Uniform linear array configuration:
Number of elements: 24
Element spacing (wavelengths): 0.25
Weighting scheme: exponential
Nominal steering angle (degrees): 60
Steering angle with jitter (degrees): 58.841
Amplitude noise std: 0.05
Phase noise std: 0.05

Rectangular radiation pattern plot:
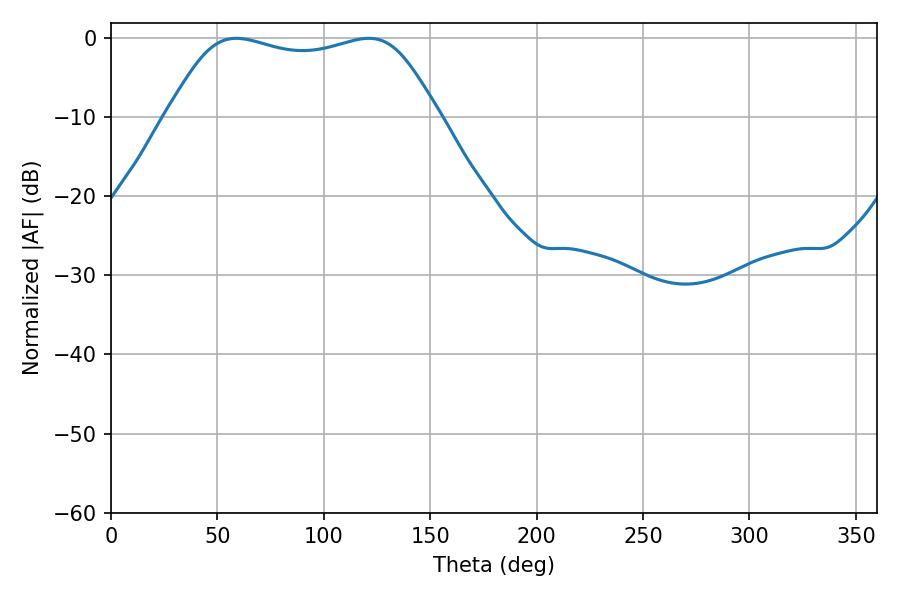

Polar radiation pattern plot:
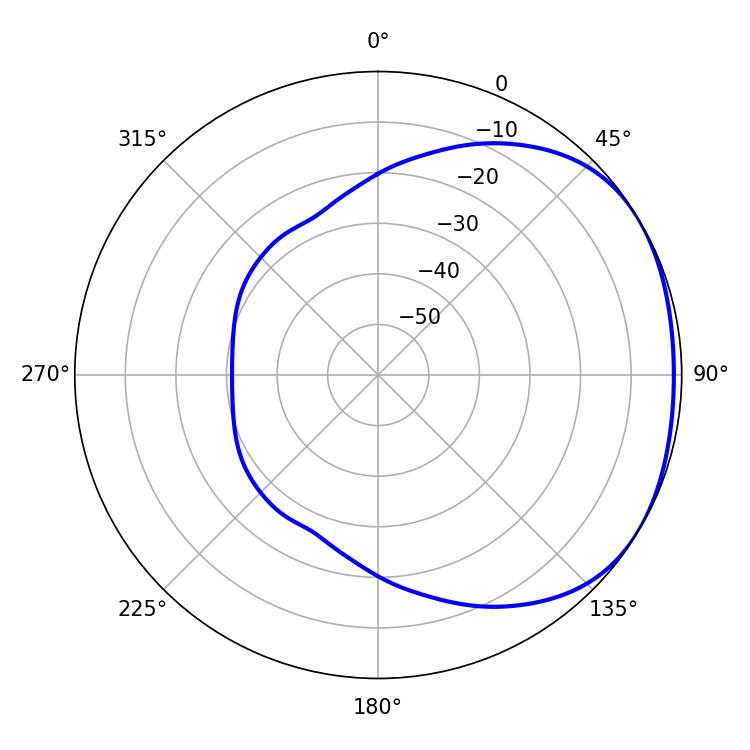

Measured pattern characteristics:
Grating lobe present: FALSE
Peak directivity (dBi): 1.718
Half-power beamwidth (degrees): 98.64
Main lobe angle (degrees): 58.86